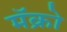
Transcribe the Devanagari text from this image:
मॅक्रो